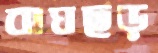
বাঘছড়